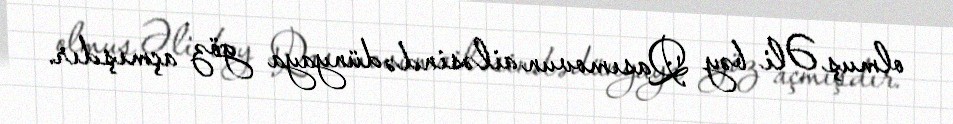
olmuş Əli bəy Qasımovun ailəsində dünyaya göz açmışdır.